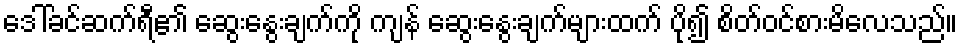
ဒေါ်ခင်ဆက်ရီ၏ ဆွေးနွေးချက်ကို ကျန် ဆွေးနွေးချက်များထက် ပို၍ စိတ်ဝင်စားမိလေသည်။